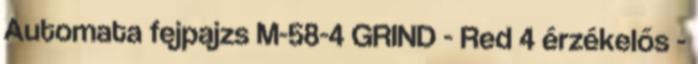
Automata fejpajzs M-58-4 GRIND - Red 4 érzékelős -